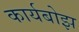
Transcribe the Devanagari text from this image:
कार्यबोझ